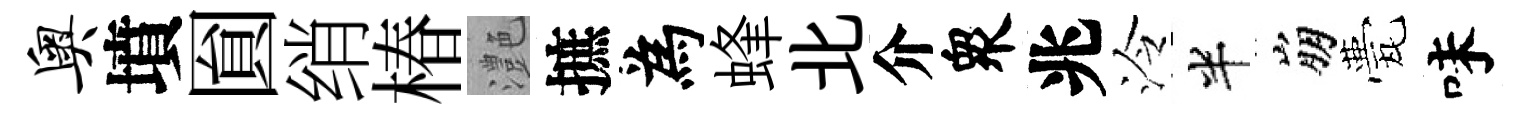
奥墳圎绡椿灔摭為蜂北介衆兆泠半崩甍味